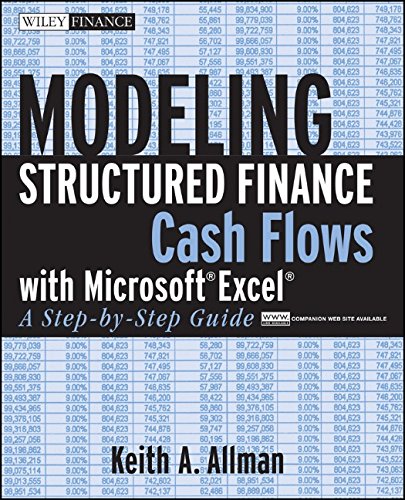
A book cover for Modeling Structured Finance Cash Flows with MicrosoftÃEÂ Excel: A Step-by-Step Guide; Keith A. Allman; Computers & Technology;